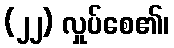
(၂၂) လှုပ်စေ၏၊